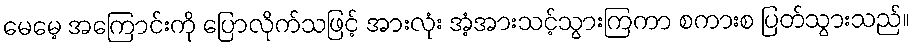
မေမေ့ အကြောင်းကို ပြောလိုက်သဖြင့် အားလုံး အံ့အားသင့်သွားကြကာ စကားစ ပြတ်သွားသည်။